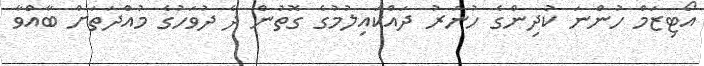
އޯޓިޒަމް ހުންނަ ކުދިންގެ ހުނަރު ދައްކައިލުމުގެ ގޮތުން ދެ ދުވަހުގެ މުއްދަތަށް ބާއްވާ